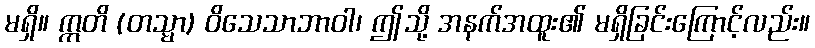
မရှိ။ ဣတိ (တသ္မာ) ဝိသေသာဘာဝါ၊ ဤသို့ အနက်အထူး၏ မရှိခြင်းကြောင့်လည်း။